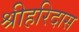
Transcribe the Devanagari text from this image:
श्रीहरिदास